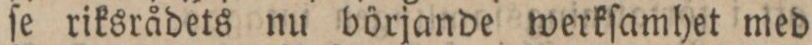
ſe riksrådets nu börjande werkſamhet med